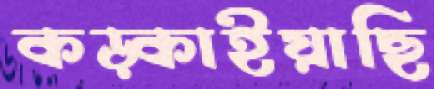
কড়্‌কাইয়াছি